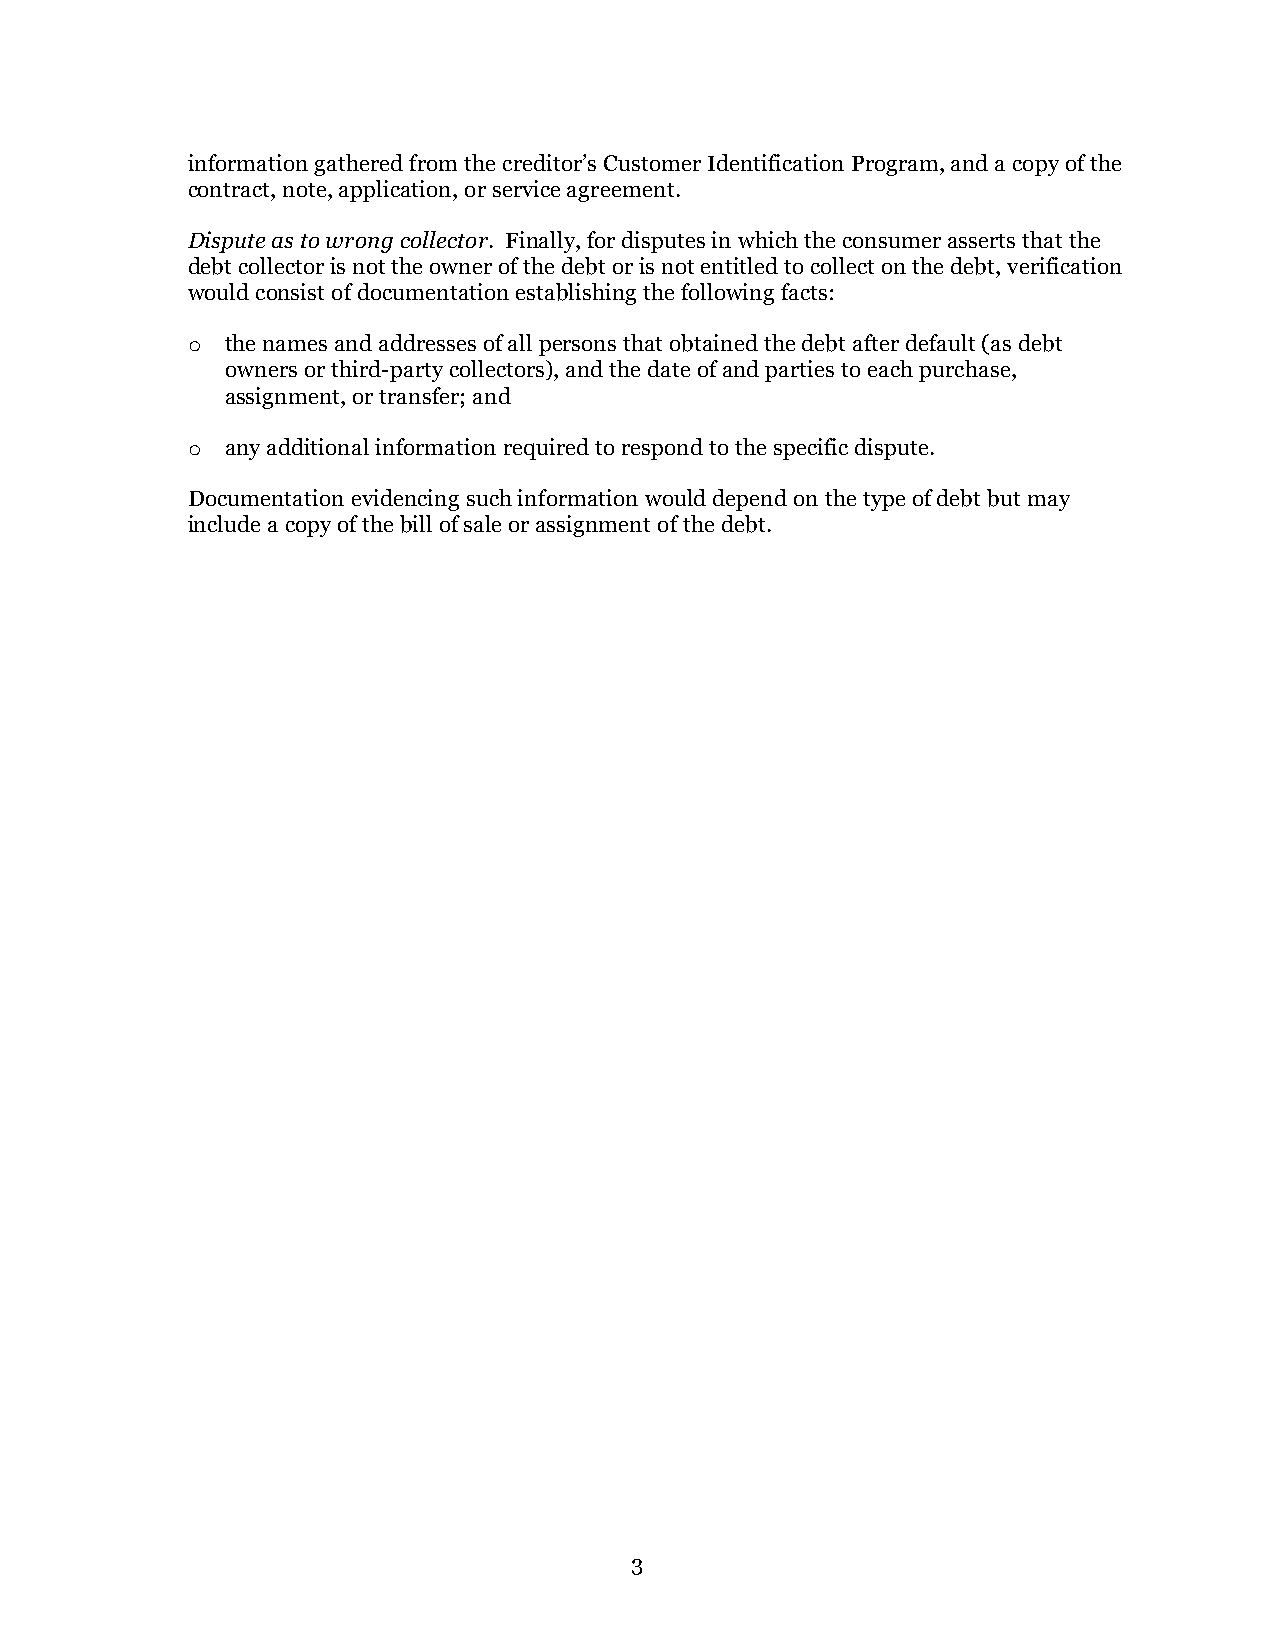
information gathered from the creditor’s Customer Identification Program, and a copy of the
 contract, note, application, or service agreement.
 Dispute as to wrong collector. Finally, for disputes in which the consumer asserts that the
 debt collector is not the owner of the debt or is not entitled to collect on the debt, verification
 would consist of documentation establishing the following facts:
 o  the names and addresses of all persons that obtained the debt after default (as debt
 owners or third-party collectors), and the date of and parties to each purchase,
 assignment, or transfer; and
 o  any additional information required to respond to the specific dispute.
 Documentation evidencing such information would depend on the type of debt but may
 include a copy of the bill of sale or assignment of the debt.
 3